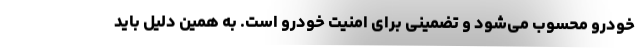
خودرو محسوب می‌شود و تضمینی برای امنیت خودرو است. به همین دلیل باید